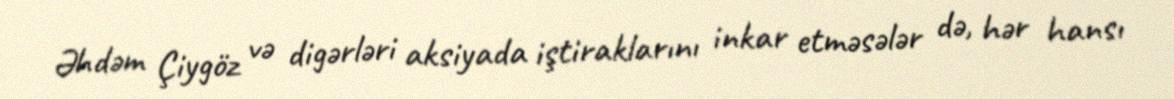
Əhdəm Çiygöz və digərləri aksiyada iştiraklarını inkar etməsələr də, hər hansı